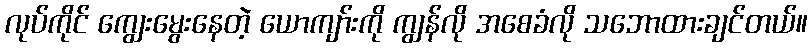
လုပ်ကိုင် ကျွေးမွေးနေတဲ့ ယောကျာ်းကို ကျွန်လို အစေခံလို သဘောထားချင်တယ်။